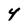
Character: 4